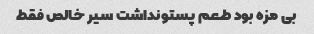
بی مزه بود طعم پستونداشت سیر خالص فقط